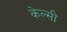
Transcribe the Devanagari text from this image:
केल्सी